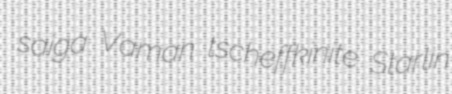
saiga Vaman tscheffkinite Starlin